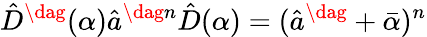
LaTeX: \hat{D}^{\dag}(\alpha)\hat{a}^{\dag n}\hat{D}(\alpha)=(\hat{a}^{\dag}+\bar{\alpha})^{n}